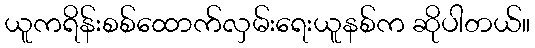
ယူကရိန်းစစ်ထောက်လှမ်းရေးယူနစ်က ဆိုပါတယ်။